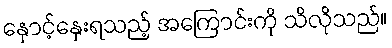
နှောင့်နှေးရသည့် အကြောင်းကို သိလိုသည်။